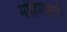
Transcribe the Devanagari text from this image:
मोहिमेवरती